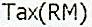
TAX(RM)